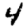
Digit: 4